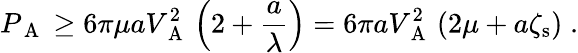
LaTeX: P_{\mathrm{~A~}}\geq 6\pi\mu aV_{\mathrm{~A~}}^{2}\left(2+\frac{a}{\lambda}\right)=6\pi aV_{\mathrm{~A~}}^{2}\left(2\mu+a\zeta_{\mathrm{s}}\right)\; .